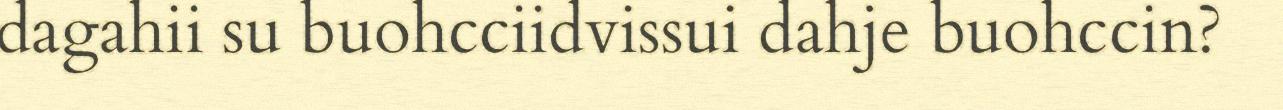
dagahii su buohcciidvissui dahje buohccin?